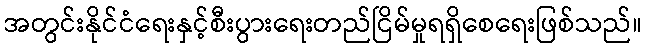
အတွင်းနိုင်ငံရေးနှင့်စီးပွားရေးတည်ငြိမ်မှုရရှိစေရေးဖြစ်သည်။